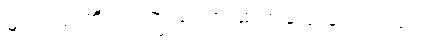
မျက်လုံးကို ဝင့်ကြည့်ကာ ဆက်ပြောလေသည်။